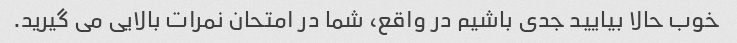
خوب حالا بیایید جدی باشیم در واقع، شما در امتحان نمرات بالایی می گیرید.